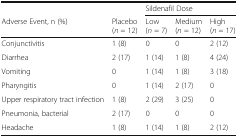
|  |  | <COLSPAN=3> Sildenafil Dose |
 | Adverse Event, n (%) | Placebo(n = 12) | Low(n = 7) | Medium(n = 12) | High(n = 17) |
 | --- | --- | --- | --- | --- |
 | Conjunctivitis | 1 (8) | 0 | 0 | 2 (12) |
 | Diarrhea | 2 (17) | 1 (14) | 1 (8) | 4 (24) |
 | Vomiting | 0 | 1 (14) | 1 (8) | 3 (18) |
 | Pharyngitis | 0 | 1 (14) | 2 (17) | 0 |
 | Upper respiratory tract infection | 1 (8) | 2 (29) | 3 (25) | 0 |
 | Pneumonia, bacterial | 2 (17) | 0 | 0 | 0 |
 | Headache | 1 (8) | 1 (14) | 1 (8) | 2 (12) |